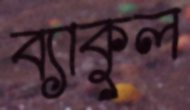
ব্যাকুল